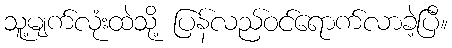
သူ့မျက်လုံးထဲသို့ ပြန်လည်ဝင်ရောက်လာခဲ့ပြီ။